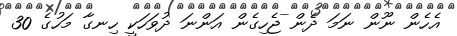
އެހެން ނޫން ނަމަ ދެން ޖެހިގެން އަންނަ ދުވަހަކީ ހިނގާ މަހުގެ 30